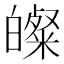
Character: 𭽢